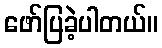
ဖော်ပြခဲ့ပါတယ်။